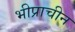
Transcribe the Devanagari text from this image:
भीप्राचीन